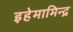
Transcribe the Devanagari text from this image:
इहेमामिन्द्र